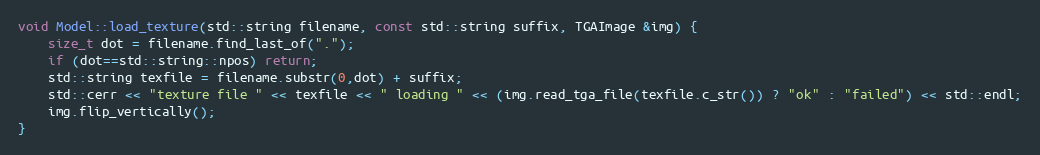
Language: C++
void Model::load_texture(std::string filename, const std::string suffix, TGAImage &img) {
    size_t dot = filename.find_last_of(".");
    if (dot==std::string::npos) return;
    std::string texfile = filename.substr(0,dot) + suffix;
    std::cerr << "texture file " << texfile << " loading " << (img.read_tga_file(texfile.c_str()) ? "ok" : "failed") << std::endl;
    img.flip_vertically();
}